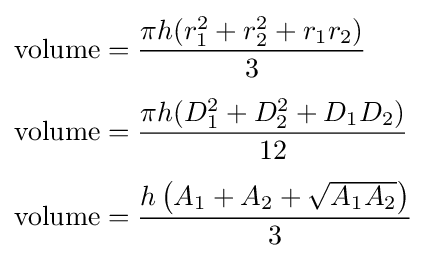
{\begin{aligned}{\text{volume}}&={\frac {\pi h(r_{1}^{2}+r_{2}^{2}+r_{1}r_{2})}{3}}\\[4pt]{\text{volume}}&={\frac {\pi h(D_{1}^{2}+D_{2}^{2}+D_{1}D_{2})}{12}}\\[4pt]{\text{volume}}&={\frac {h\left(A_{1}+A_{2}+{\sqrt {A_{1}A_{2}}}\right)}{3}}\end{aligned}}